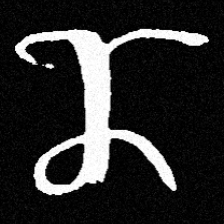
Pyu character \u2014 Myanmar letter: ဏ (romanized: nna)